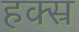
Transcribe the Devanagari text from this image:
हक्स्र